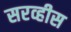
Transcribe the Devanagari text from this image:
सरव्हीस